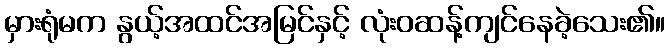
မှားရုံမက နွယ့်အထင်အမြင်နှင့် လုံးဝဆန့်ကျင်နေခဲ့သေး၏။